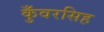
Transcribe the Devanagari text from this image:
कुँवरसिह